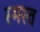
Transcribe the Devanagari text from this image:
स्मस्त